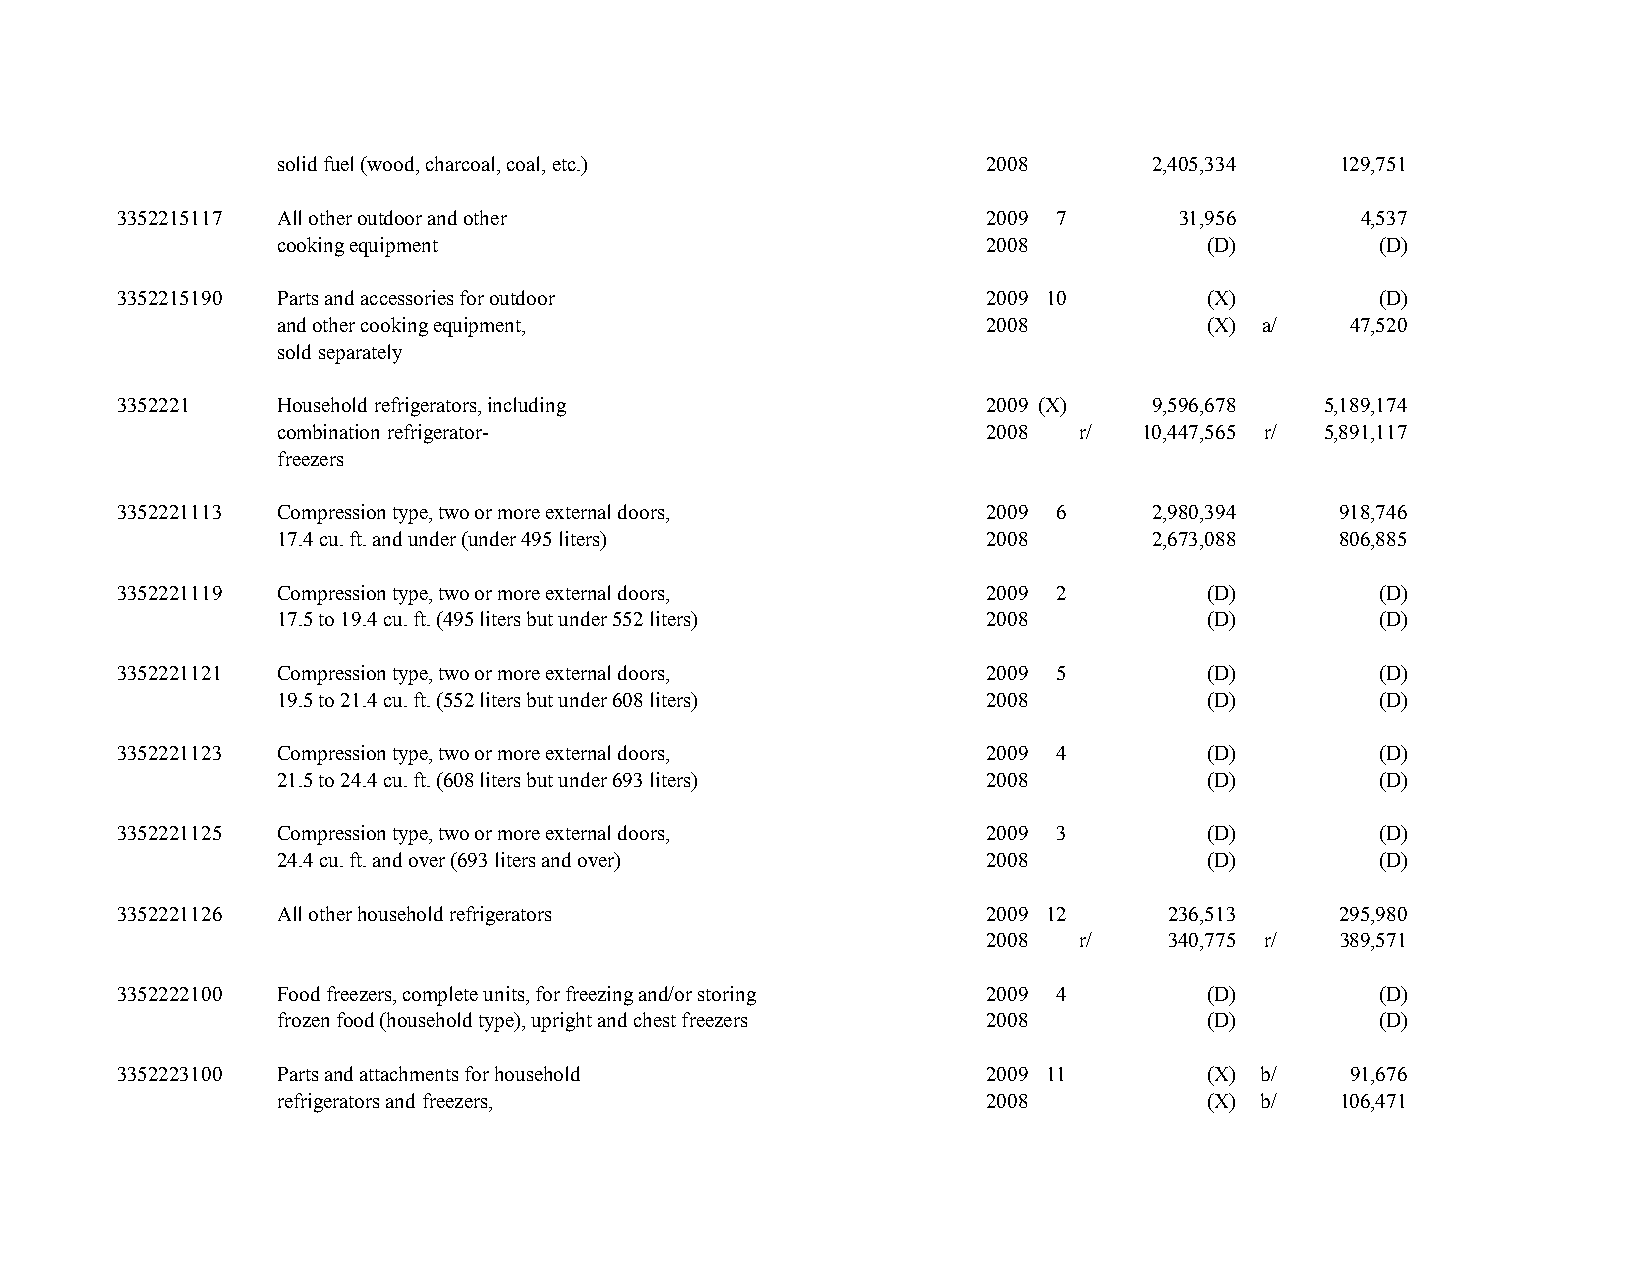
solid fuel (wood, charcoal, coal, etc.)        2008       2 ,405,334  1 29,751
 3352215117 All other outdoor and other                    2009 7      3 1,956     4 ,537
 cooking equipment                              2008          (D)         (D)
 3352215190 Parts and accessories for outdoor              2009 10       (X)         (D)
 and other cooking equipment,                   2008          (X) a/    4 7,520
 sold separately
 3352221    Household refrigerators, including             2009 (X)   9 ,596,678 5 ,189,174
 combination refrigerator-                      2008  r/  1 0,447,565 r/ 5 ,891,117
 freezers
 3352221113 Compression type, two or more external doors,  2009 6     2 ,980,394  9 18,746
 17.4 cu. ft. and under (under 495 liters)      2008       2 ,673,088  8 06,885
 3352221119 Compression type, two or more external doors,  2009 2        (D)         (D)
 17.5 to 19.4 cu. ft. (495 liters but under 552 liters) 2008  (D)         (D)
 3352221121 Compression type, two or more external doors,  2009 5        (D)         (D)
 19.5 to 21.4 cu. ft. (552 liters but under 608 liters) 2008  (D)         (D)
 3352221123 Compression type, two or more external doors,  2009 4        (D)         (D)
 21.5 to 24.4 cu. ft. (608 liters but under 693 liters) 2008  (D)         (D)
 3352221125 Compression type, two or more external doors,  2009 3        (D)         (D)
 24.4 cu. ft. and over (693 liters and over)    2008          (D)         (D)
 3352221126 All other household refrigerators              2009 12     2 36,513   2 95,980
 2008  r/    3 40,775 r/ 3 89,571
 3352222100 Food freezers, complete units, for freezing and/or storing 2009 4 (D)    (D)
 frozen food (household type), upright and chest freezers 2008 (D)        (D)
 3352223100 Parts and attachments for household            2009 11       (X) b/    9 1,676
 refrigerators and freezers,                    2008          (X) b/   1 06,471